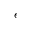
\epsilon